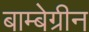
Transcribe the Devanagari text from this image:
बाम्बेग्रीन